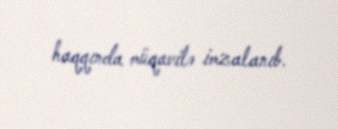
haqqında müqavilə imzalanıb.